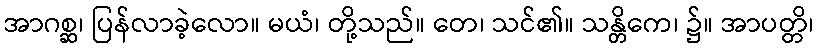
အာဂစ္ဆ၊ ပြန်လာခဲ့လော။ မယံ၊ တို့သည်။ တေ၊ သင်၏။ သန္တိကေ၊ ၌။ အာပတ္တိ၊